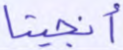
أنجينا